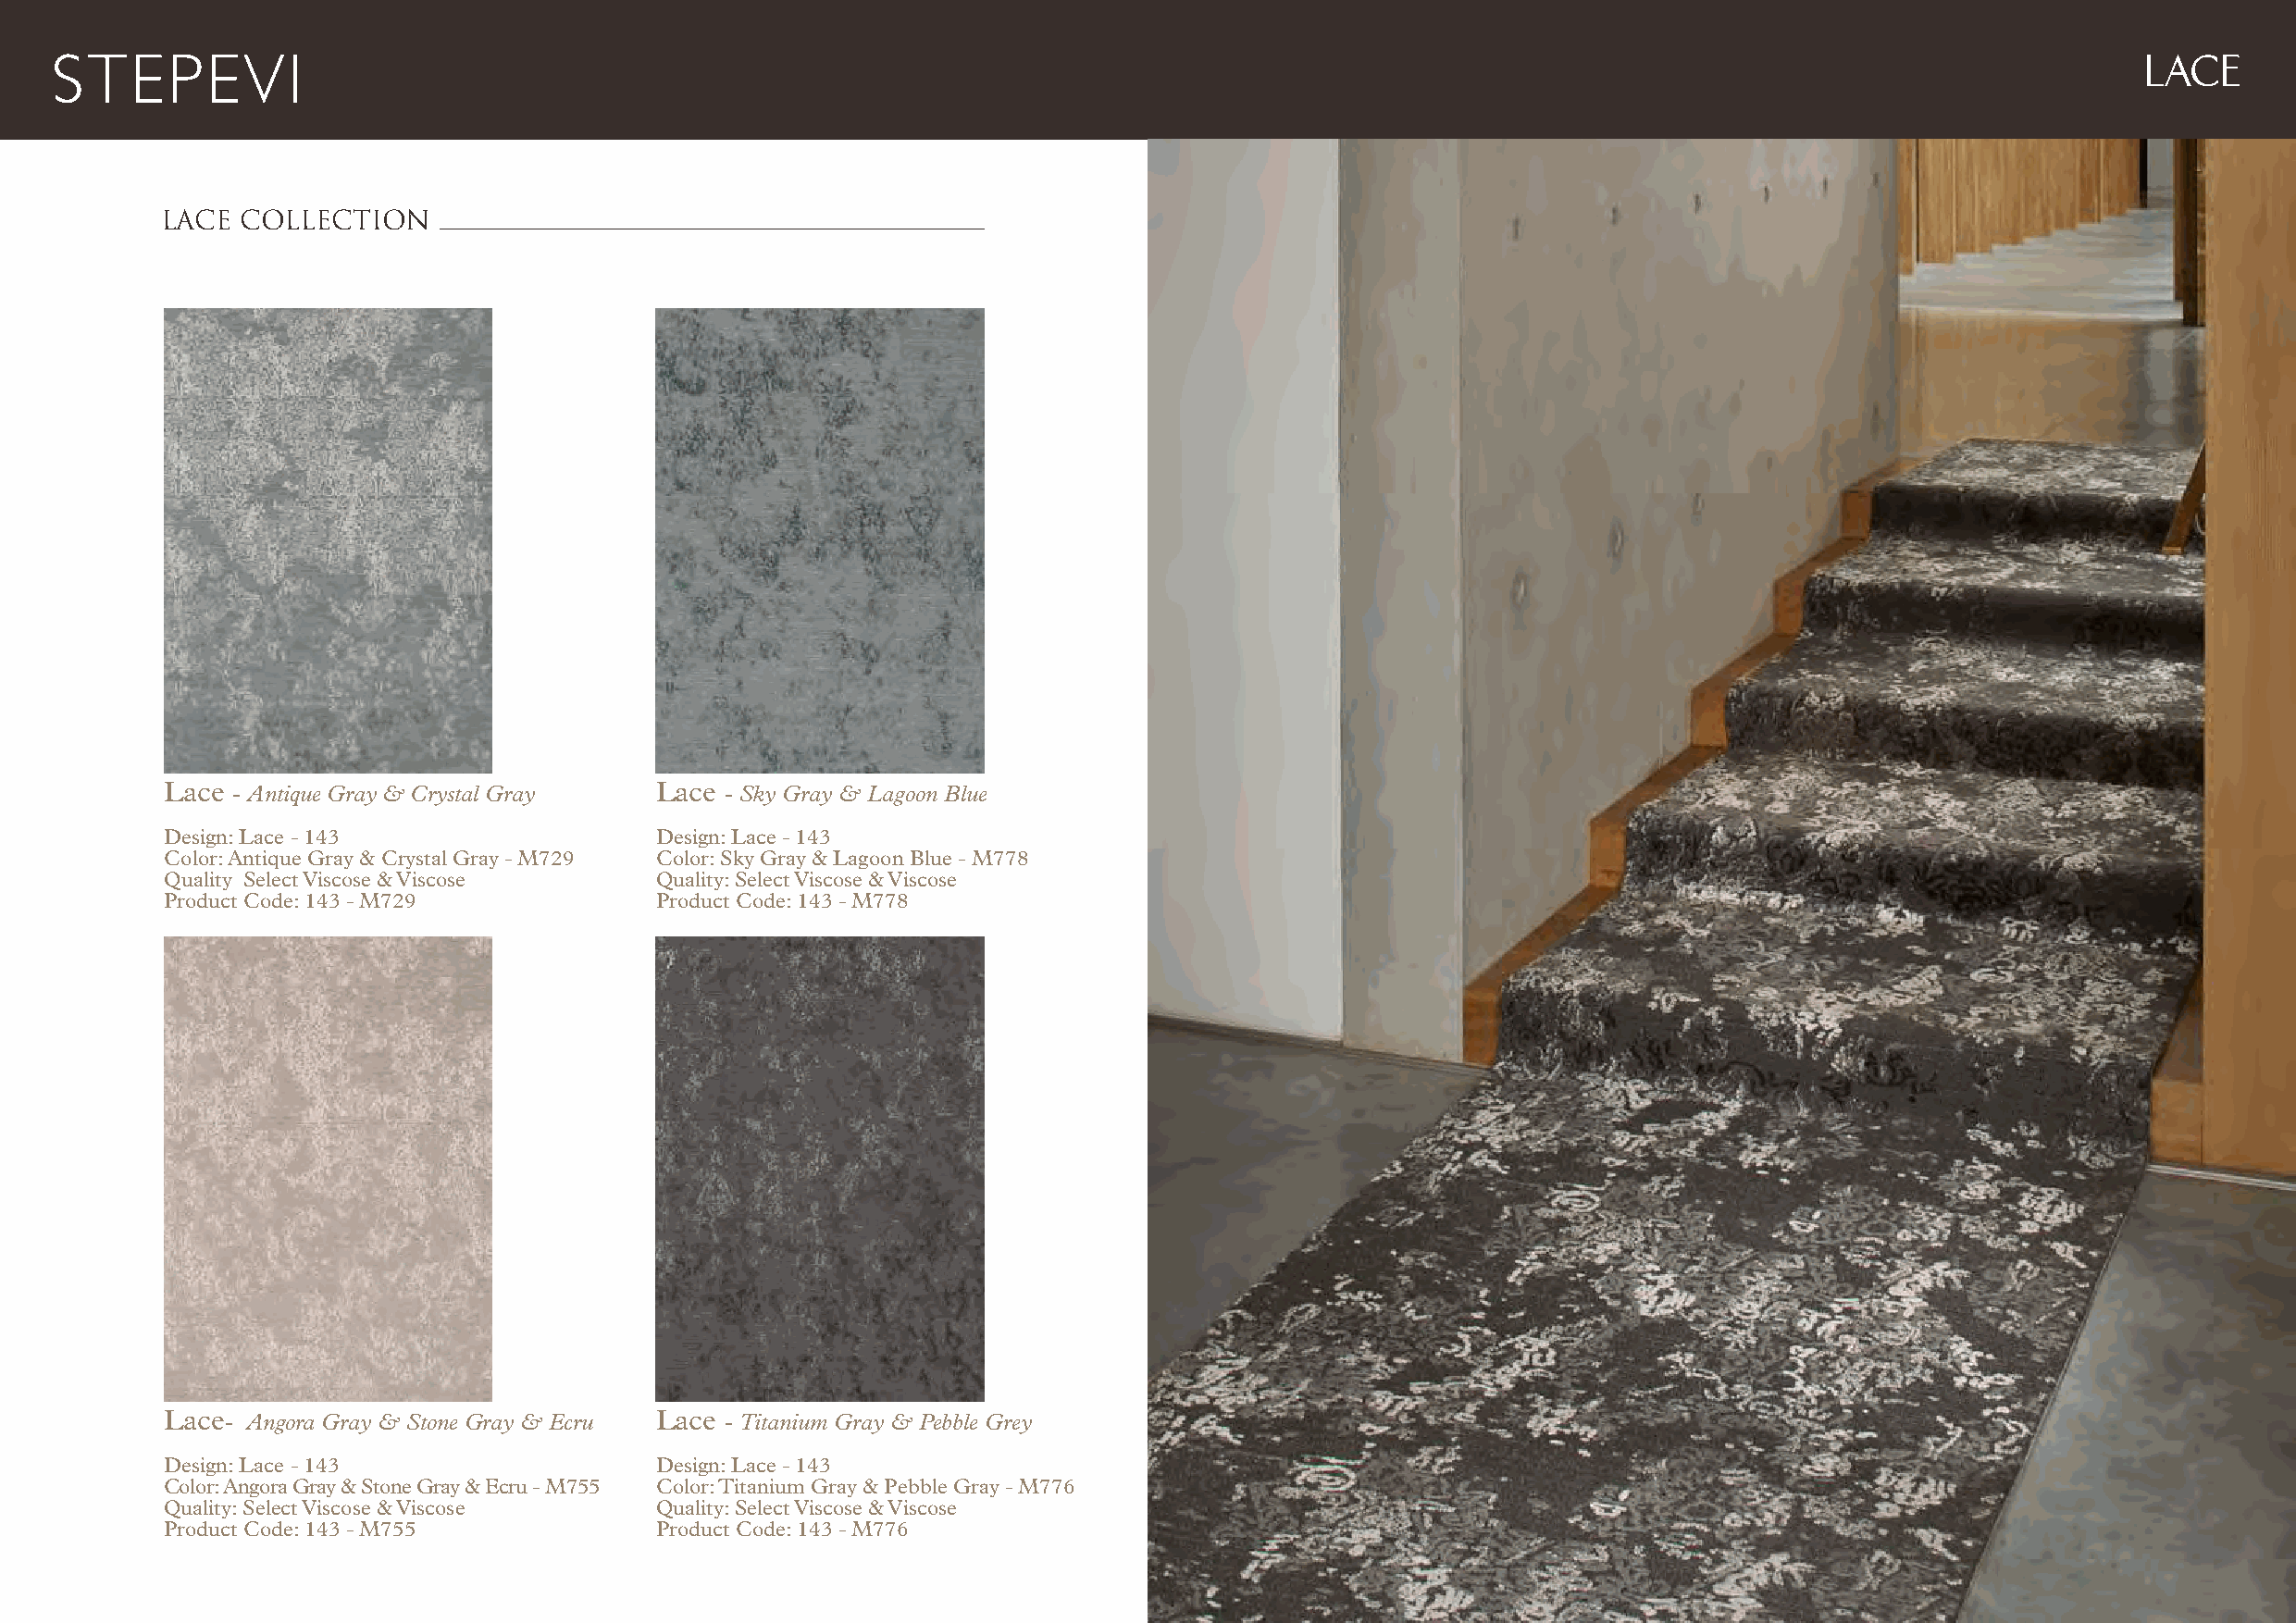
LACE
 LACE COLLECTION
 Lace - Antique Gray & Crystal Gray Lace - Sky Gray & Lagoon Blue
 Design: Lace - 143                 Design: Lace - 143
 Color: Antique Gray & Crystal Gray - M729 Color: Sky Gray & Lagoon Blue - M778
 Quality Select Viscose & Viscose   Quality: Select Viscose & Viscose
 Product Code: 143 - M729           Product Code: 143 - M778
 Lace- Angora Gray & Stone Gray & Ecru Lace - Titanium Gray & Pebble Grey
 Design: Lace - 143                 Design: Lace - 143
 Color: Angora Gray & Stone Gray & Ecru - M755 Color: Titanium Gray & Pebble Gray - M776
 Quality: Select Viscose & Viscose  Quality: Select Viscose & Viscose
 Product Code: 143 - M755           Product Code: 143 - M776